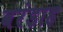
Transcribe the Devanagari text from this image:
वरंडाह